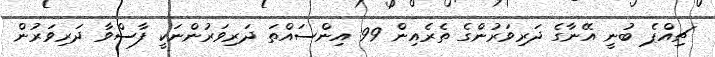
ޗިއްޕެ ބުނީ އޭނާގެ ދަރިވަރުންގެ ތެރެއިން 99 އިންސައްތަ ދަރިވަރުންނަކީ ފާސްވާ ދަރިވަރުން